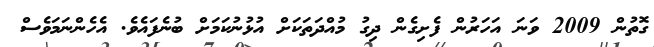
ގޮތުން 2009 ވަނަ އަހަރުން ފެށިގެން ދިގު މުއްދަތަކަށް އުޅުނުކަމަށް ބުނެފައެވެ. އެހެންނަމަވެސް